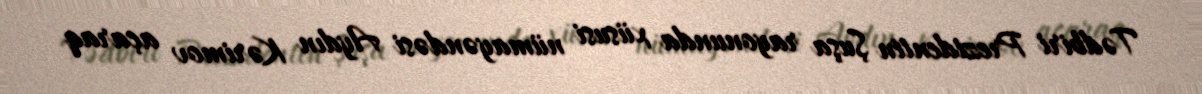
Tədbiri Prezidentin Şuşa rayonunda xüsusi nümayəndəsi Aydın Kərimov açaraq